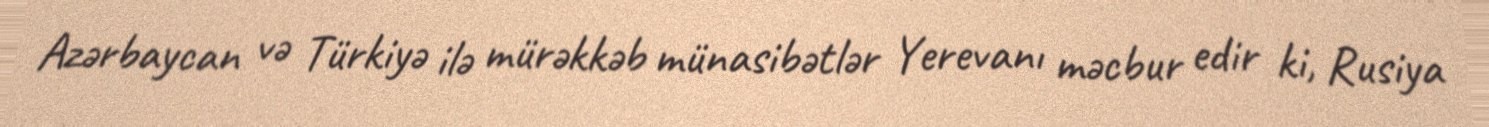
Azərbaycan və Türkiyə ilə mürəkkəb münasibətlər Yerevanı məcbur edir ki, Rusiya